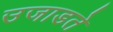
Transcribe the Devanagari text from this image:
उजाडते